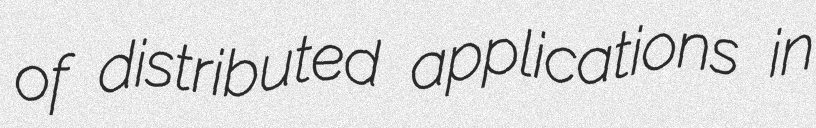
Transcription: of distributed applications in